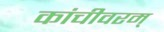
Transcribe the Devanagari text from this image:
कांचीवरम्